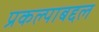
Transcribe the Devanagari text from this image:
प्रकल्पाबद्दल